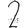
Digit: 2